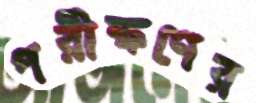
পরীক্ষণের